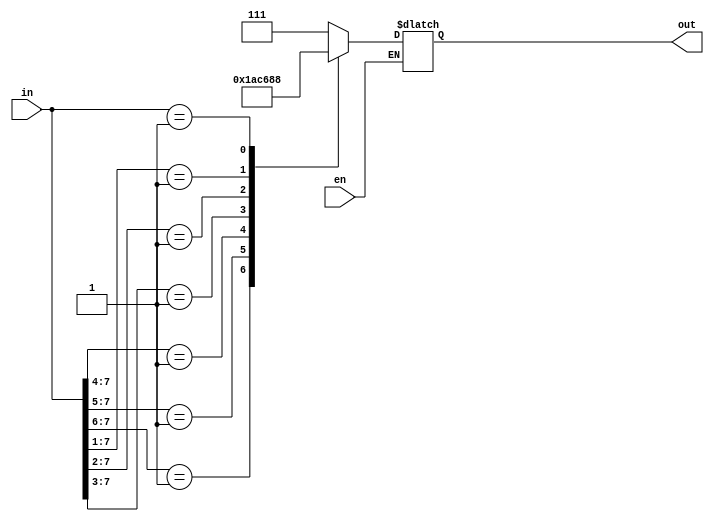
//8:3Priority_Encoder
module Priority_Encoder(en,in,out);
input en;              
input [7:0]in;         
output reg [2:0]out;   

always @(en,in)
begin
  if(!en)
  begin
    casex(in) 
       8'b1xxxxxxx : out=7;
       8'b01xxxxxx : out=6;
       8'b001xxxxx : out=5;
       8'b0001xxxx : out=4; 
       8'b00001xxx : out=3;
       8'b000001xx : out=2;
       8'b0000001x : out=1;
       8'b00000001 : out=0;    
       default :
        begin
          out = 3'bx;
        end
    endcase      
   end
end
endmodule